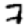
Digit: 7